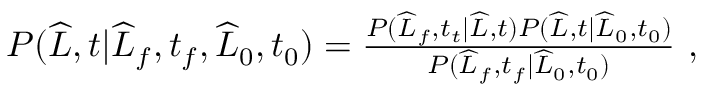
\begin{array} { r } { P ( \widehat { L } , t | \widehat { L } _ { f } , t _ { f } , \widehat { L } _ { 0 } , t _ { 0 } ) = \frac { P ( \widehat { L } _ { f } , t _ { t } | \widehat { L } , t ) P ( \widehat { L } , t | \widehat { L } _ { 0 } , t _ { 0 } ) } { P ( \widehat { L } _ { f } , t _ { f } | \widehat { L } _ { 0 } , t _ { 0 } ) } \ , } \end{array}